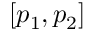
[ p _ { 1 } , p _ { 2 } ]